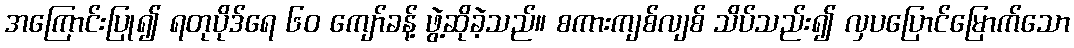
အကြောင်းပြု၍ ရတုပိုဒ်ရေ ၆၀ ကျော်ခန့် ဖွဲ့ဆိုခဲ့သည်။ စကားကျစ်လျစ် သိပ်သည်း၍ လှပပြောင်မြောက်သော